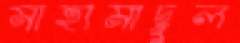
মাহামাদুল